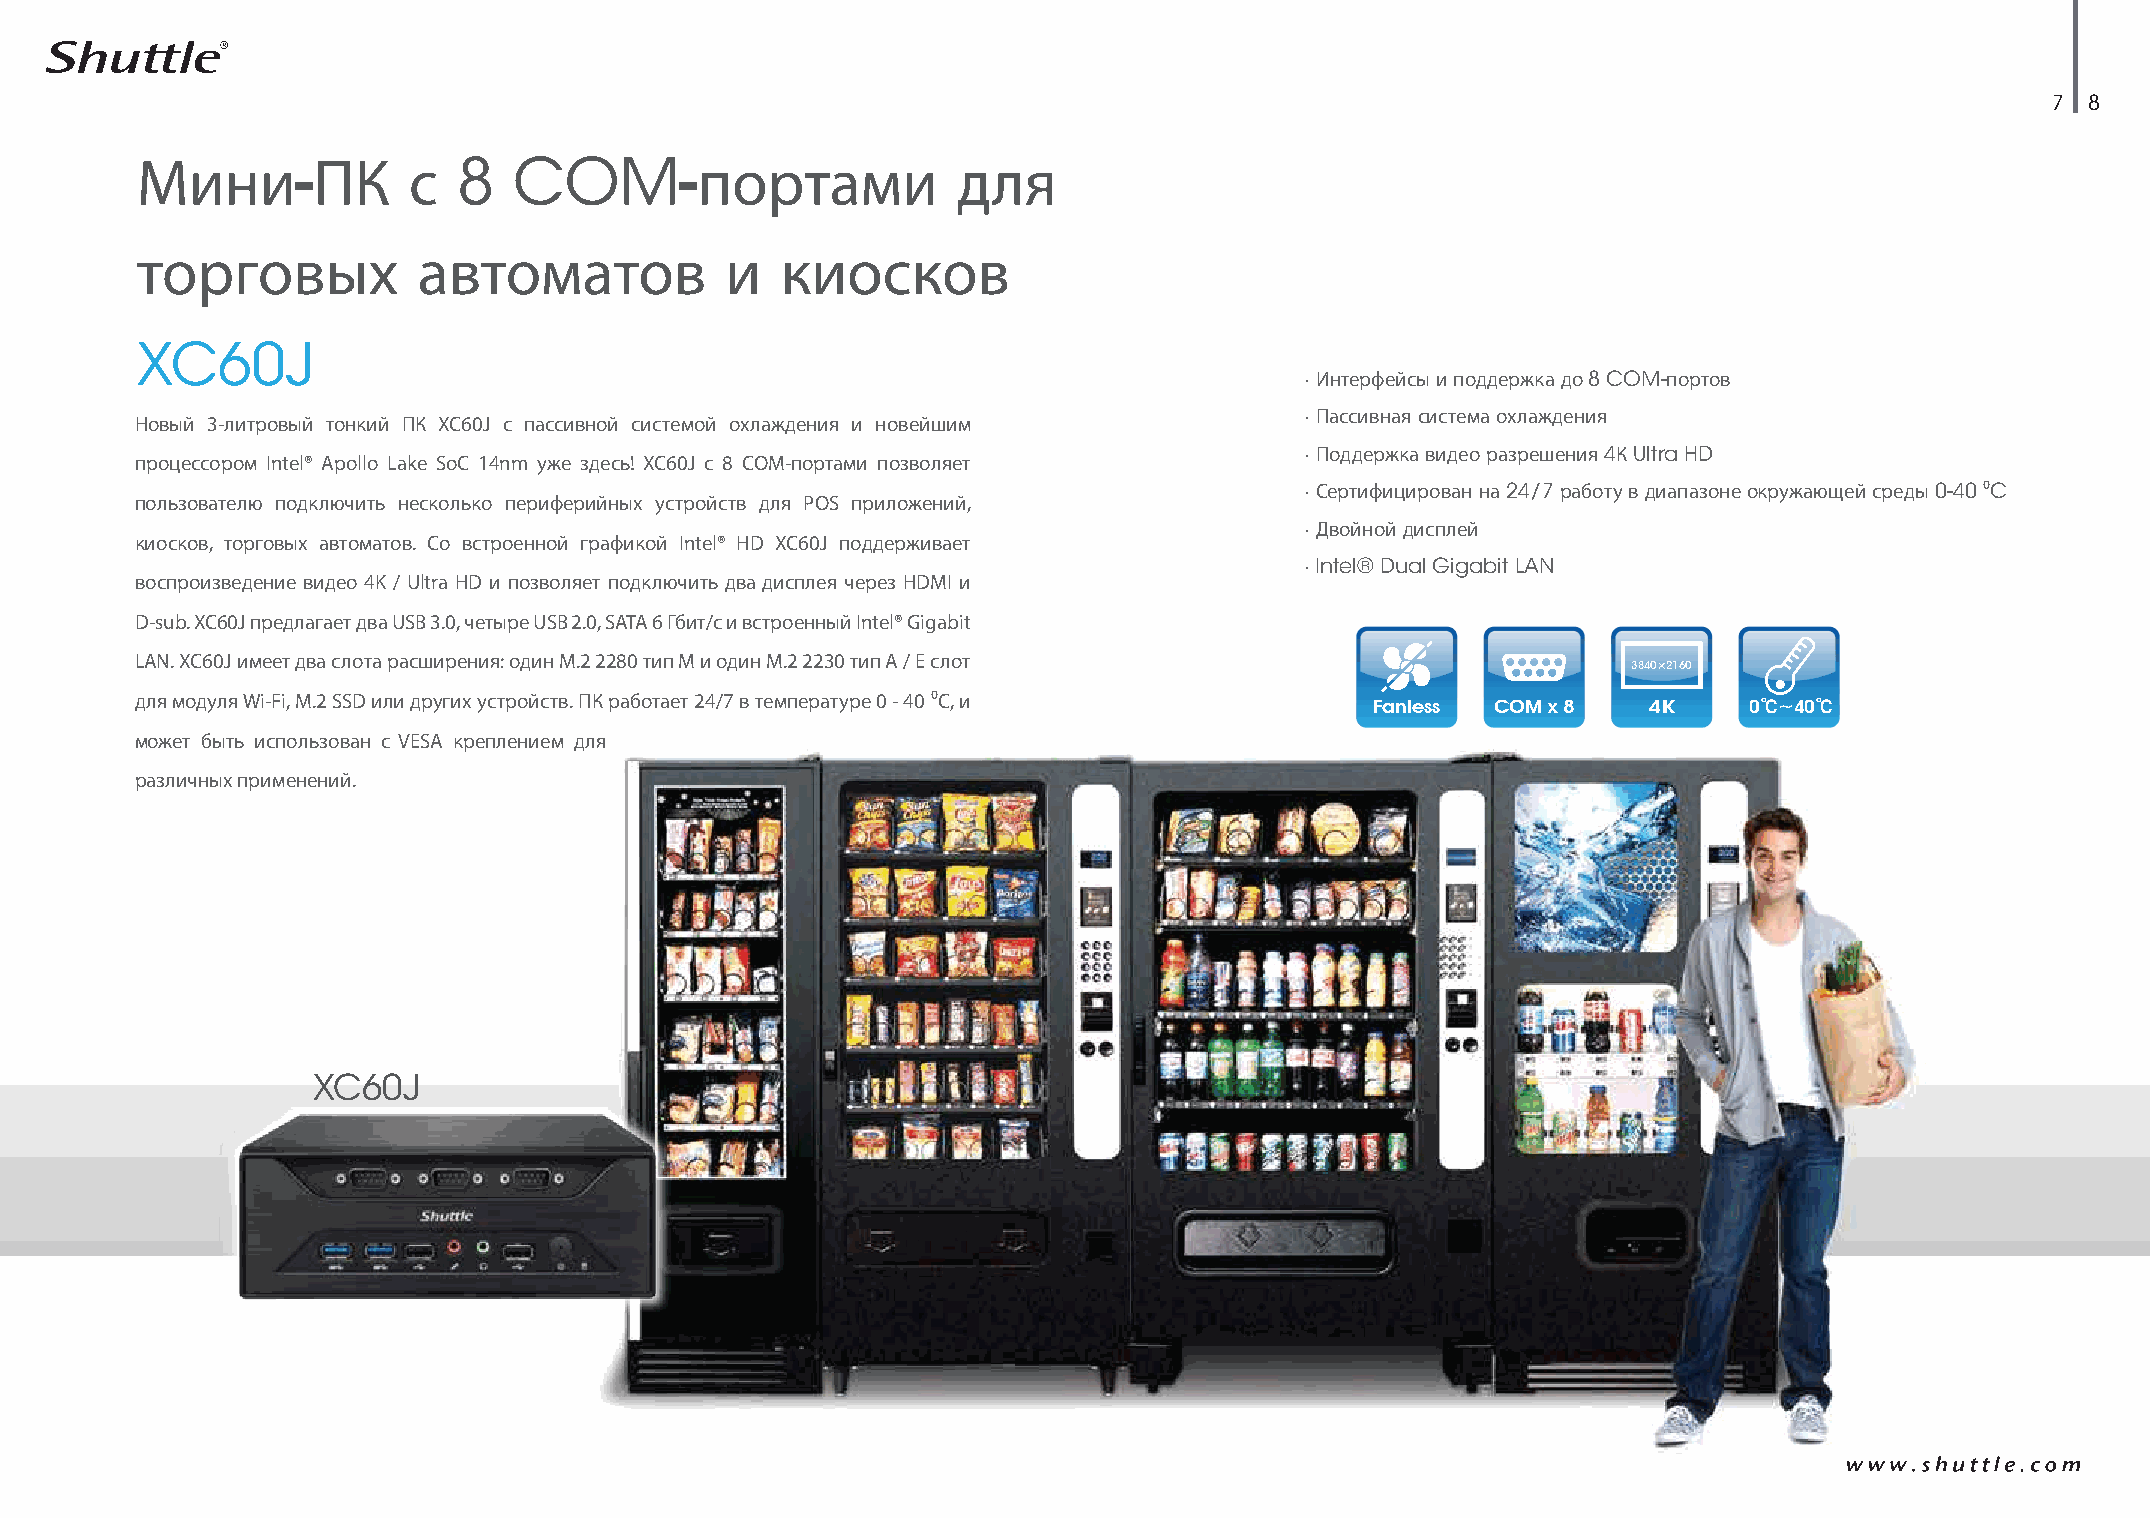
7 8
 Мини-ПК           с  8   COM-портами                  для
 торговых           автоматов           и   киосков
 XC60J
 · Интерфейсы и поддержка до 8 COM-портов
 · Пассивная система охлаждения
 Новый 3-литровый тонкий ПК XC60J с пассивной системой охлаждения и новейшим
 · Поддержка видео разрешения 4К Ultra HD
 процессором Intel® Apollo Lake SoC 14nm уже здесь! XC60J с 8 COM-портами позволяет
 · Сертифицирован на 24/7 работу в диапазоне окружающей среды 0-40 0C
 пользователю подключить несколько периферийных устройств для POS приложений,
 · Двойной дисплей
 киосков, торговых автоматов. Со встроенной графикой Intel® HD XC60J поддерживает
 · Intel® Dual Gigabit LAN
 воспроизведение видео 4K / Ultra HD и позволяет подключить два дисплея через HDMI и
 D-sub. XC60J предлагает два USB 3.0, четыре USB 2.0, SATA 6 Гбит/с и встроенный Intel® Gigabit
 LAN. XC60J имеет два слота расширения: один M.2 2280 тип M и один M.2 2230 тип A / E слот
 3840×2160
 для модуля Wi-Fi, M.2 SSD или других устройств. ПК работает 24/7 в температуре 0 - 40 0С, и Fanless COM x 8 4K 0℃~40℃
 может быть использован с VESA креплением для
 различных применений.
 XC60J